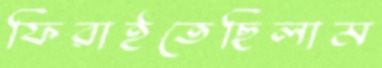
ফিরাইতেছিলাম